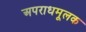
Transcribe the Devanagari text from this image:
अपराधमूलक